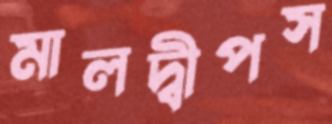
মালদ্বীপস